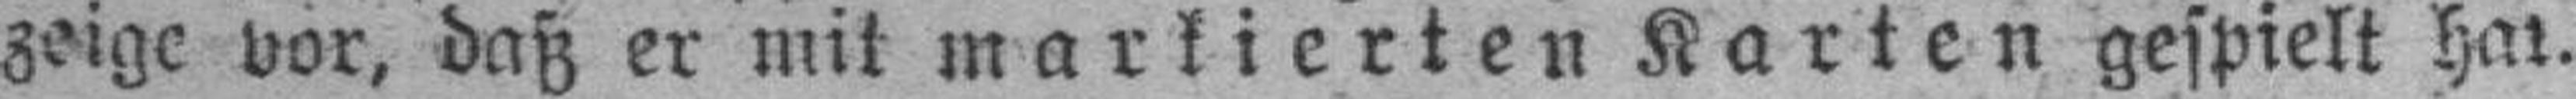
zeige vor, daß er mit markierten Karten gespielt hat.